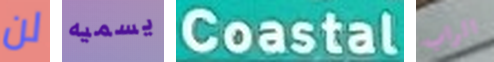
لن يسميه Coastal الراب